Vaccination report Assam 1874-1896 - 1874-1896
Year: 1874
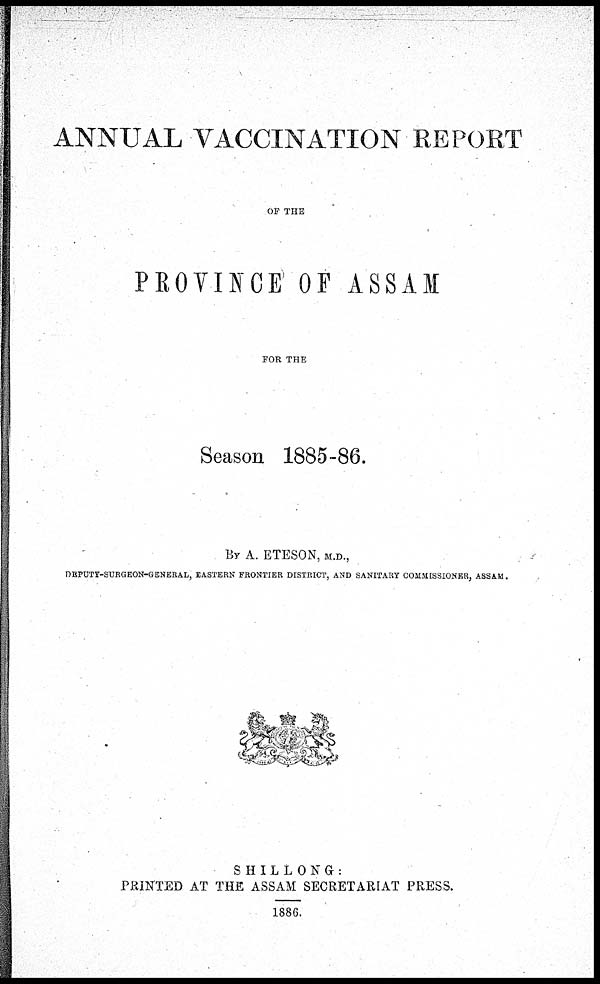
ANNUAL VACCINATION REPORT
OF THE
PROVINCE OF ASSAM
FOR THE
Season 1885-86.
By A. ETESON, M.D.,
DEPUTY-SURGEON-GENERAL, EASTERN FRONTIER DISTRICT, AND SANITARY COMMISSIONER, ASSAM.
SHILLONG:
PRINTED AT THE ASSAM SECRETARIAT PRESS.
1886.